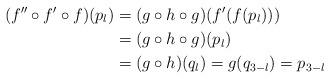
LaTeX: \begin{align*}(f''\circ f'\circ f)(p_l)&=(g\circ h\circ g)(f'(f(p_l)))\\&=(g\circ h\circ g)(p_l)\\&=(g\circ h)(q_{l})=g(q_{3-l})=p_{3-l}\end{align*}